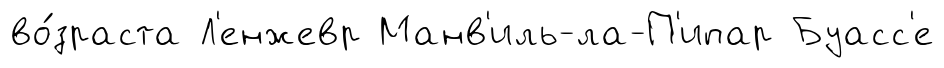
во́зраста Л'енжевр Манв'иль-ла-П'ипар Буасс'е